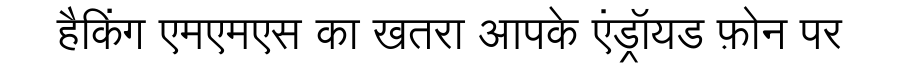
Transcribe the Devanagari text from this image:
हैकिंग एमएमएस का खतरा आपके एंड्रॉयड फ़ोन पर